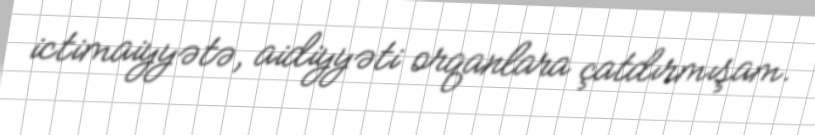
ictimaiyyətə, aidiyyəti orqanlara çatdırmışam.